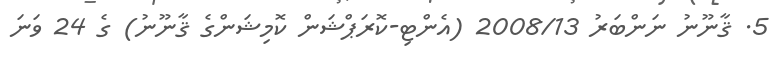
5. ޤާނޫނު ނަންބަރު 2008/13 (އެންޓި-ކޮރަޕްޝަން ކޮމިޝަންގެ ޤާނޫނު) ގެ 24 ވަނަ